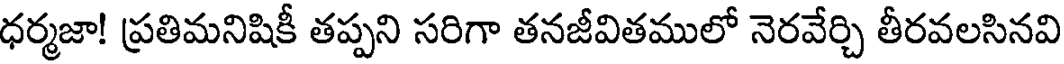
ధర్మజా! ప్రతిమనిషికీ తప్పని సరిగా తనజీవితములో నెరవేర్చి తీరవలసినవి